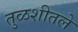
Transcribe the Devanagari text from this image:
तुळशीतले